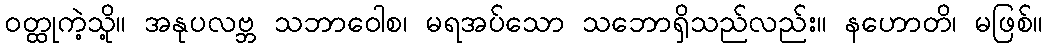
ဝတ္ထုကဲ့သို့။ အနုပလဗ္ဘ သဘာဝေါစ၊ မရအပ်သော သဘောရှိသည်လည်း။ နဟောတိ၊ မဖြစ်။